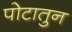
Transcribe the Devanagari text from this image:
पोटातुन